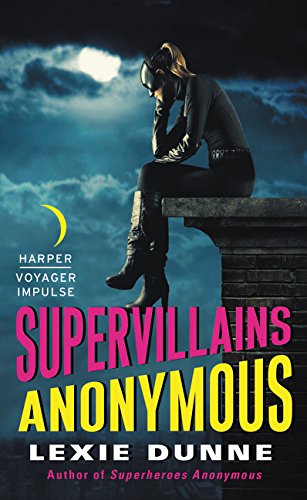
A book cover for Supervillains Anonymous (Superheroes Anonymous); Lexie Dunne; Science Fiction & Fantasy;